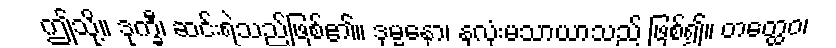
ဤသို့။ ဒုက္ခီ၊ ဆင်းရဲသည်ဖြစ်၏။ ဒုမ္မနော၊ နှလုံးမသာယာသည် ဖြစ်၍။ တတ္ထေဝ၊